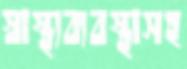
স্বাস্থ্যব্যবস্থাসহ